Plague in India, 1896, 1897 - Volume 1
Year: 1896
Disease focus: Plague
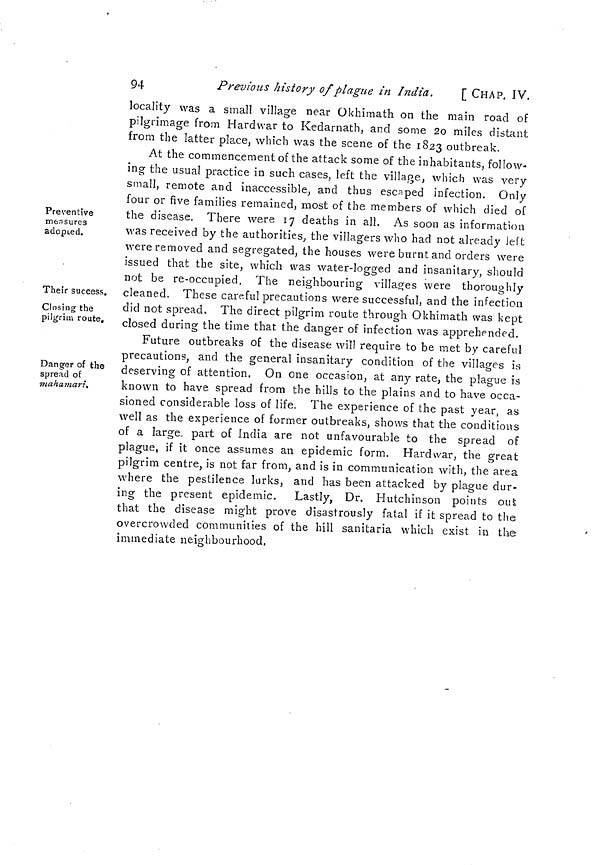
94
Previous history of plague in India.
[ CHAP. IV.
locality was a small village near Okhimath on the main road of
pilgrimage from Hardwar to Kedarnath, and some 20 miles distant
from the latter place, which was the scene of the 1823 outbreak.
Preventive
measures
adopted.
Their success.
Closing the
pilgrim route.
At the commencement of the attack some of the inhabitants, follow-
ing the usual practice in such cases, left the village, which was very
small, remote and inaccessible, and thus escaped infection. Only
four or five families remained, most of the members of which died of
the disease. There were 17 deaths in all. As soon as information
was received by the authorities, the villagers who had not already left
were removed and segregated, the houses were burnt and orders were
issued that the site, which was water-logged and insanitary, should
not be re-occupied. The neighbouring villages were thoroughly
cleaned. These careful precautions were successful, and the infection
did not spread. The direct pilgrim route through Okhimath was kept
closed during the time that the danger of infection was apprehended.
Danger of the
spread of
mahamari.
Future outbreaks of the disease will require to be met by careful
precautions, and the general insanitary condition of the villages is
deserving of attention. On one occasion, at any rate, the plague is
known to have spread from the hills to the plains and to have occa-
sioned considerable loss of life. The experience of the past year, as
well as the experience of former outbreaks, shows that the conditions
of a large part of India are not unfavourable to the spread of
plague, if it once assumes an epidemic form. Hardwar, the great
pilgrim centre, is not far from, and is in communication with, the area
where the pestilence lurks, and has been attacked by plague dur-
ing the present epidemic. Lastly, Dr. Hutchinson points out
that the disease might prove disastrously fatal if it spread to the
overcrowded communities of the hill sanitaria which exist in the
immediate neighbourhood.